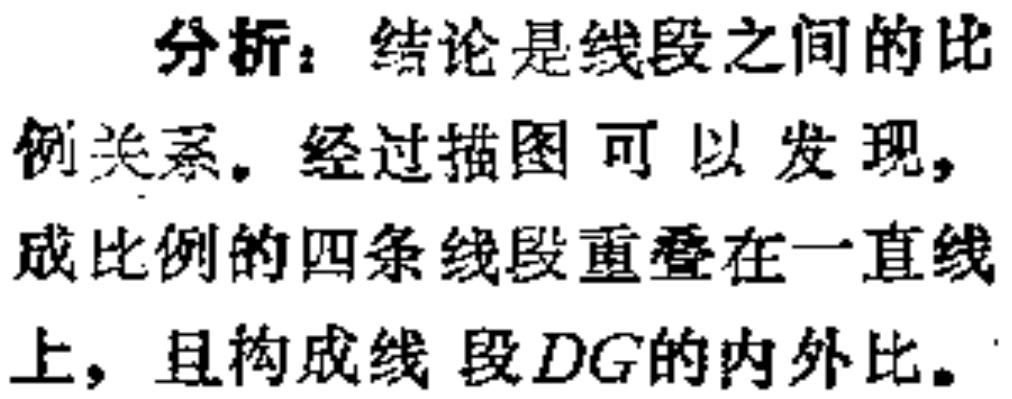
分析：结论是线段之间的比例关系。经过描图可以发现，成比例的四条线段重叠在一直线上，且构成线段\(DG\)的内外比。